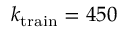
k _ { \mathrm { t r a i n } } = 4 5 0